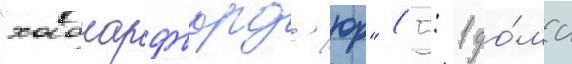
"хабнарфьорд'юр" (5: 1 до́ма